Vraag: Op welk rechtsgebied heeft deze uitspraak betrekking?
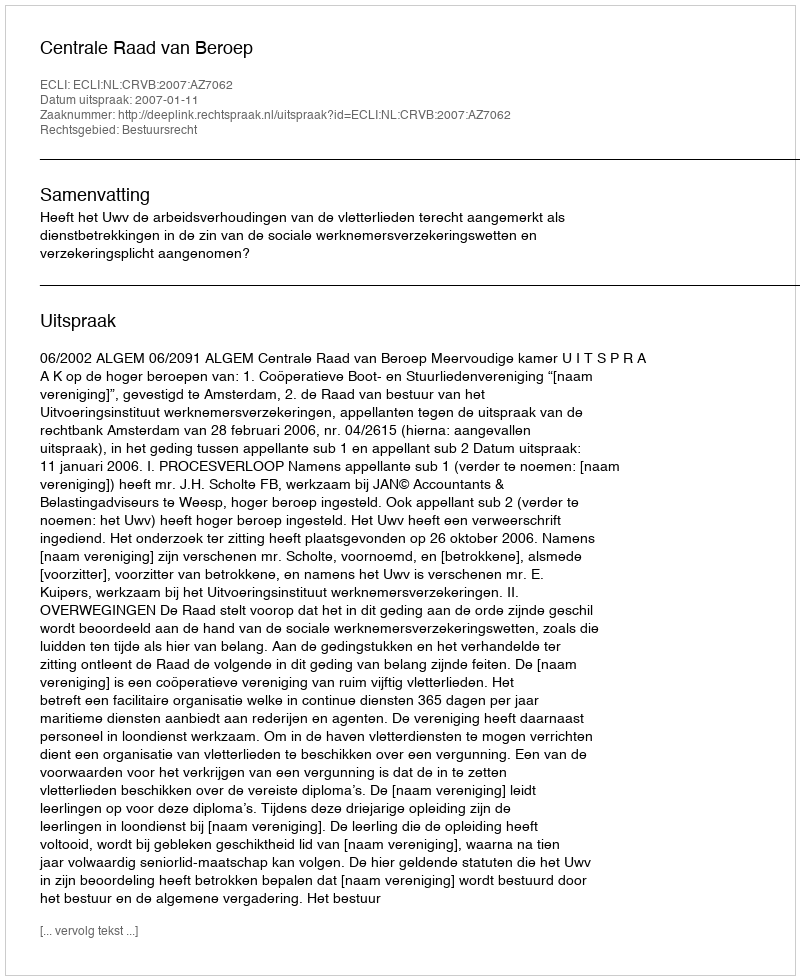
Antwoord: Bestuursrecht